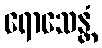
ရောသေန္တံ